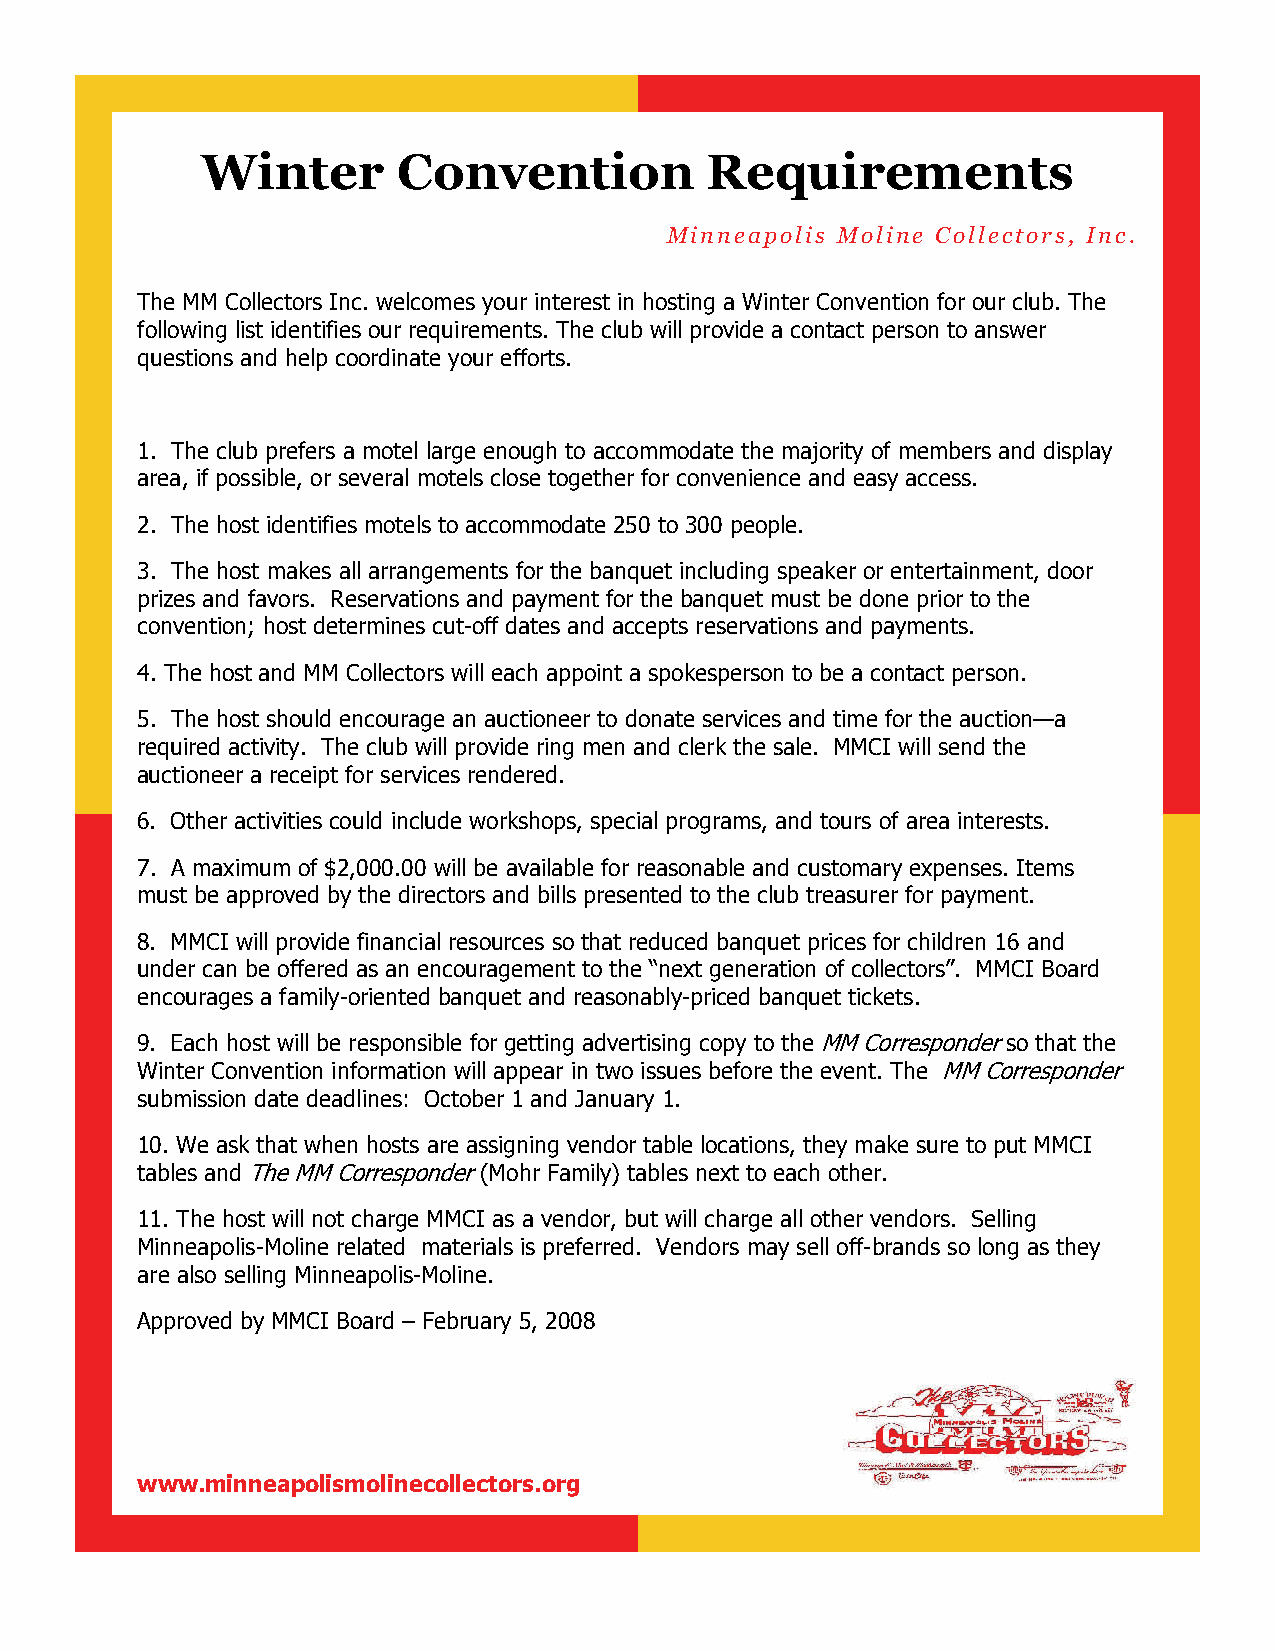
Winter       Convention           Requirements
 Minneapolis Moline Collectors, Inc.
 The MM Collectors Inc. welcomes your interest in hosting a Winter Convention for our club. The
 following list identifies our requirements. The club will provide a contact person to answer
 questions and help coordinate your efforts.
 1. The club prefers a motel large enough to accommodate the majority of members and display
 area, if possible, or several motels close together for convenience and easy access.
 2. The host identifies motels to accommodate 250 to 300 people.
 3. The host makes all arrangements for the banquet including speaker or entertainment, door
 prizes and favors. Reservations and payment for the banquet must be done prior to the
 convention; host determines cut-off dates and accepts reservations and payments.
 4. The host and MM Collectors will each appoint a spokesperson to be a contact person.
 5. The host should encourage an auctioneer to donate services and time for the auction—a
 required activity. The club will provide ring men and clerk the sale. MMCI will send the
 auctioneer a receipt for services rendered.
 6. Other activities could include workshops, special programs, and tours of area interests.
 7. A maximum of $2,000.00 will be available for reasonable and customary expenses. Items
 must be approved by the directors and bills presented to the club treasurer for payment.
 8. MMCI will provide financial resources so that reduced banquet prices for children 16 and
 under can be offered as an encouragement to the “next generation of collectors”. MMCI Board
 encourages a family-oriented banquet and reasonably-priced banquet tickets.
 9. Each host will be responsible for getting advertising copy to the MM Corresponder so that the
 Winter Convention information will appear in two issues before the event. The MM Corresponder
 submission date deadlines: October 1 and January 1.
 10. We ask that when hosts are assigning vendor table locations, they make sure to put MMCI
 tables and The MM Corresponder (Mohr Family) tables next to each other.
 11. The host will not charge MMCI as a vendor, but will charge all other vendors. Selling
 Minneapolis-Moline related materials is preferred. Vendors may sell off-brands so long as they
 are also selling Minneapolis-Moline.
 Approved by MMCI Board – February 5, 2008
 www.minneapolismolinecollectors.org